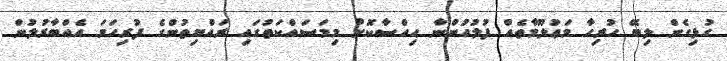
ގުޅިގެން ލިބޭ ހުރިހާ މަޢުލޫމާތެއް ފުލުހުންނާ ޙިއްސާކޮށް މިމަސައްކަތުގައި ރައްޔިތުންގެ ފުރިހަމަ އެއްބާރުލުން